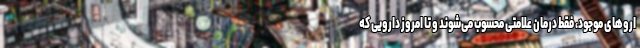
اروهای موجود، فقط درمان علامتی محسوب می‌شوند و تا امروز دارویی که